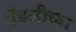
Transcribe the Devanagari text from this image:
हॅडलीच्या